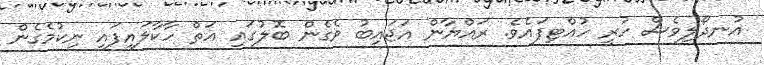
އުނދޯލިވެސް ހުރީ ހުއްޓިފައެވެ. ރައްޔާން އަޖައިބު ވެގެން ބޮލުގައި އަތް ހާކާލައިފައި ނިކުމެގެން